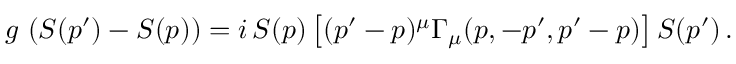
g \, \left( S ( p ^ { \prime } ) - S ( p ) \right) = i \, S ( p ) \left[ ( p ^ { \prime } - p ) ^ { \mu } \Gamma _ { \mu } ( p , - p ^ { \prime } , p ^ { \prime } - p ) \right] S ( p ^ { \prime } ) \, .